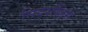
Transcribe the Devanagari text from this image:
निदरलैंड्स